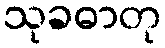
သုခဓာတု